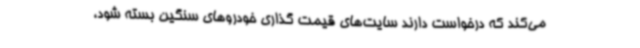
می‌کند که درخواست دارند سایت‌های قیمت گذاری خودروهای سنگین بسته شود،